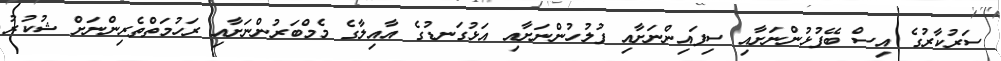
ސަރުކާރުގެ އިސް ބޭފުޅުންނަށާއި ސިފައިންނަށާއި ފުލުހުންނަށާއި އަޅުގަނޑުގެ އާއިލާގެ މެމްބަރުންނަށާއި ރަހުމަތްތެރިންނަށް ޝުކުރު